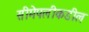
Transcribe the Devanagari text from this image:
सीमेपलीकडील